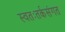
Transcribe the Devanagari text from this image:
स्वतःतर्कसंगत